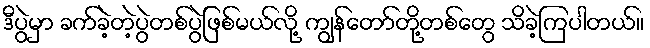
ဒီပွဲမှာ ခက်ခဲ့တဲ့ပွဲတစ်ပွဲဖြစ်မယ်လို့ ကျွန်တော်တို့တစ်တွေ သိခဲ့ကြပါတယ်။